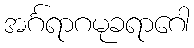
အင်္ဂရာဂမုခရာဂေါ